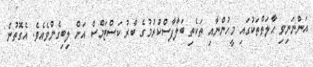
އަންނަނިވި ޙާލަތްތަކުގައި މީހުންނާއި ތަކެތި ބަލާފާސްކުރުމުގެ ބާރު ކަސްޓަމްސް އަށް ލިބިގެންވެއެވެ. އެގޮތުން